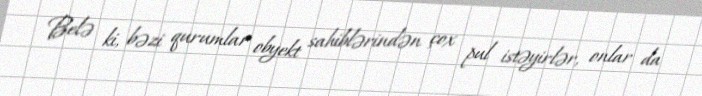
Belə ki, bəzi qurumlar obyekt sahiblərindən çox pul istəyirlər, onlar da